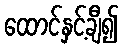
ထောင်နှင့်ချီ၍